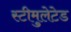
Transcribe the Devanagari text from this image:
स्टीमुलेटेड